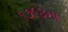
૧૭૯૪ના